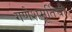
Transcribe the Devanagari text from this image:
गणेशमूर्तिची